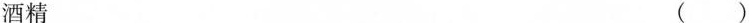
酒精 ( )